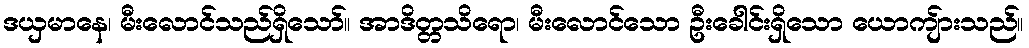
ဒယှမာနေ၊ မီးလောင်သည်ရှိသော်။ အာဒိတ္တသိရော၊ မီးလောင်သော ဦးခေါင်းရှိသော ယောကျ်ားသည်။